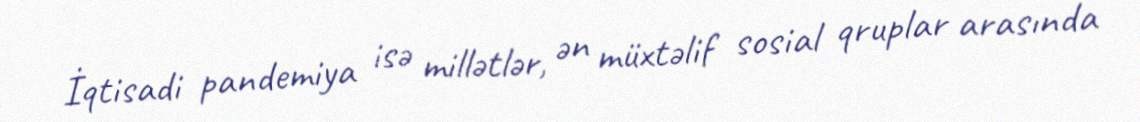
İqtisadi pandemiya isə millətlər, ən müxtəlif sosial qruplar arasında